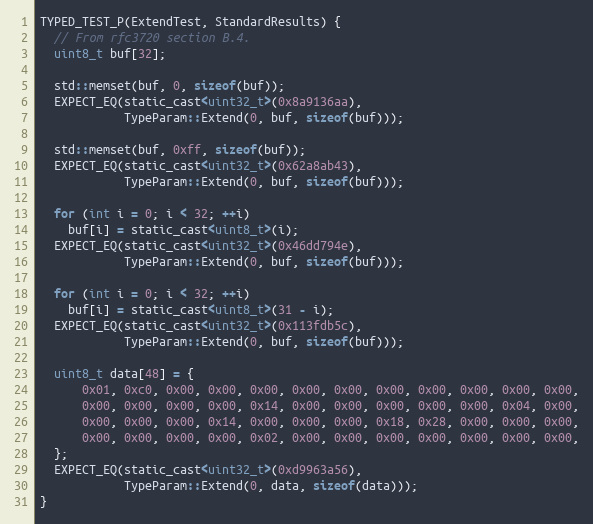
Language: C
TYPED_TEST_P(ExtendTest, StandardResults) {
  // From rfc3720 section B.4.
  uint8_t buf[32];

  std::memset(buf, 0, sizeof(buf));
  EXPECT_EQ(static_cast<uint32_t>(0x8a9136aa),
            TypeParam::Extend(0, buf, sizeof(buf)));

  std::memset(buf, 0xff, sizeof(buf));
  EXPECT_EQ(static_cast<uint32_t>(0x62a8ab43),
            TypeParam::Extend(0, buf, sizeof(buf)));

  for (int i = 0; i < 32; ++i)
    buf[i] = static_cast<uint8_t>(i);
  EXPECT_EQ(static_cast<uint32_t>(0x46dd794e),
            TypeParam::Extend(0, buf, sizeof(buf)));

  for (int i = 0; i < 32; ++i)
    buf[i] = static_cast<uint8_t>(31 - i);
  EXPECT_EQ(static_cast<uint32_t>(0x113fdb5c),
            TypeParam::Extend(0, buf, sizeof(buf)));

  uint8_t data[48] = {
      0x01, 0xc0, 0x00, 0x00, 0x00, 0x00, 0x00, 0x00, 0x00, 0x00, 0x00, 0x00,
      0x00, 0x00, 0x00, 0x00, 0x14, 0x00, 0x00, 0x00, 0x00, 0x00, 0x04, 0x00,
      0x00, 0x00, 0x00, 0x14, 0x00, 0x00, 0x00, 0x18, 0x28, 0x00, 0x00, 0x00,
      0x00, 0x00, 0x00, 0x00, 0x02, 0x00, 0x00, 0x00, 0x00, 0x00, 0x00, 0x00,
  };
  EXPECT_EQ(static_cast<uint32_t>(0xd9963a56),
            TypeParam::Extend(0, data, sizeof(data)));
}